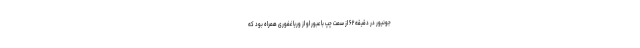
جونیور در دقیقه ۶۲ از سمت چپ با عبور او از وریا غفوری همراه بود که